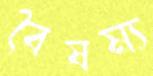
বৈষম্য